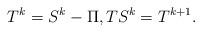
LaTeX: \begin{align*} T^{k}=S^{k}-\Pi, TS^{k}=T^{k+1}. \end{align*}